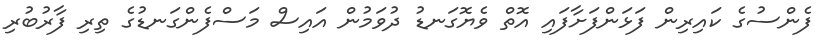
ފެންސުގެ ކައިރިން ފަޅަންފަށާފައި އޮތް ވެޔޮގަނޑު ދުވަމުން އައިސް މަސްފެންގަނޑުގެ ތިރި ފާރުބުރި